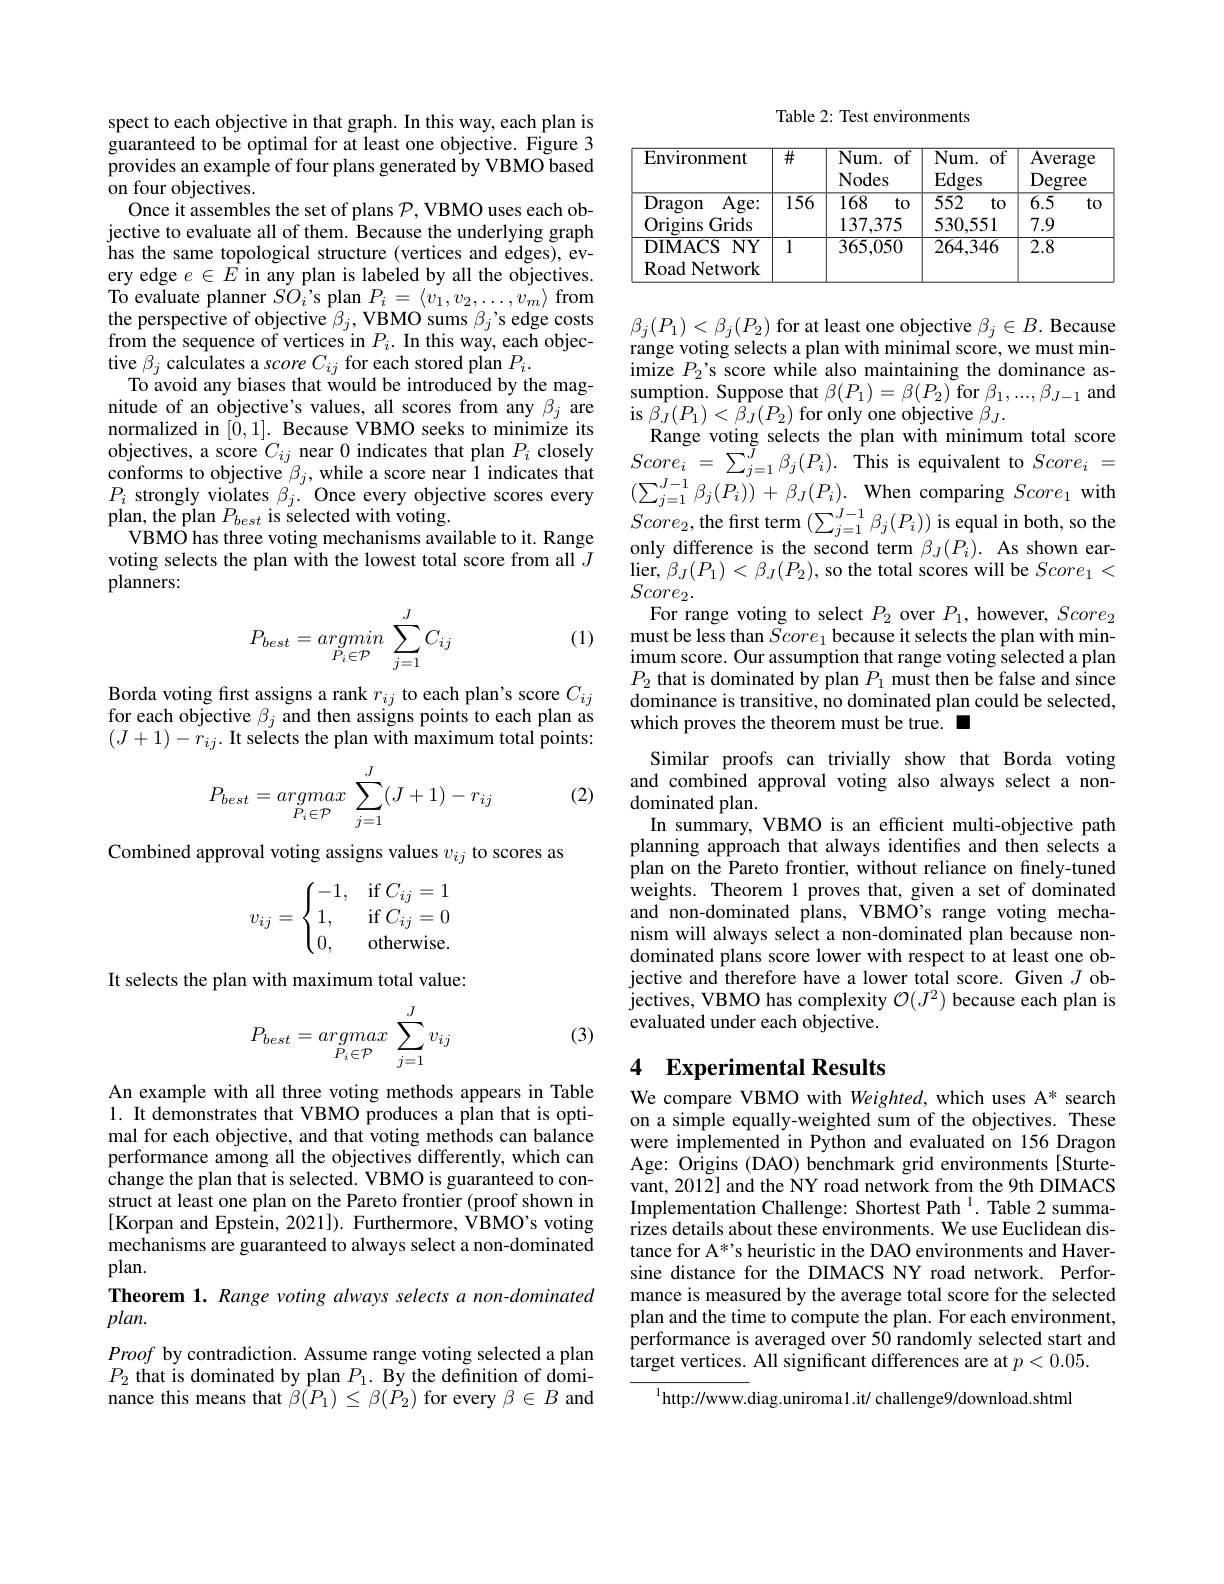
spect to each objective in that graph. In this way, each plan is guaranteed to be optimal for at least one objective. Figure 3 provides an example of four plans generated by VBMO based on four objectives.
Once it assembles the set of plans $\mathcal{P}$, VBMO uses each objective to evaluate all of them. Because the underlying graph has the same topological structure (vertices and edges), every edge $e\in E$ in any plan is labeled by all the objectives. To evaluate planner $SO_{i}$'s plan $P_i=\langle v_1,v_2,\ldots,v_m\rangle$ from the perspective of objective $\beta_j$, VBMO sums $\beta_j$'s edge costs from the sequence of vertices in $P_i.$ In this way, each objective $\beta_j$ calculates a score $C_ij$ for each stored plan $P_i.$
To avoid any biases that would be introduced by the magnitude of an objective's values, all scores from any $\beta_j$ are normalized in $[\check{0},1].$ Because VBMO seeks to minimize its objectives, a score $C_{ij}$ near 0 indicates that plan $P_i$ closely conforms to objective $\beta_j$, while a score near 1 indicates that $P_{i}$ strongly violates $\beta_j.$ Once every objective scores every plan, the plan $P_{best}$ is selected with voting.
VBMO has three voting mechanisms available to it. Range voting selects the plan with the lowest total score from all $J$ planners:
$$P_{best}=\underset{P_i\in\mathcal{P}}{argmin}\sum\limits_{j=1}^JC_{ij}$$
(1)

Borda voting first assigns a rank $r_ij$ to each plan's score $C_ij$ for each objective $\beta_j$ and then assigns points to each plan as $(J+1)-r_{ij}.$ It selects the plan with maximum total points:

(2)
$$P_{best}=argmax\sum_{P_i\in\mathcal{P}}^J(J+1)-r_{ij}$$
Combined approval voting assigns values $v_ij$ to scores as
$$v_{ij}=\begin{cases}-1,&\text{if}C_{ij}=1\\1,&\text{if}C_{ij}=0\\0,&\text{otherwise.}\end{cases}$$
It selects the plan with maximum total value:
$$P_{best}=\underset{P_i\in\mathcal{P}}{argmax}\sum_{j=1}^{J}v_{ij}$$
(3)

An example with all three voting methods appears in Table 1. It demonstrates that VBMO produces a plan that is optimal for each objective, and that voting methods can balance performance among all the objectives differently, which can change the plan that is selected. VBMO is guaranteed to construct at least one plan on the Pareto frontier (proof shown in $$[$Korpan and Epstein, 2021]).$ Furthermore, $\tilde{\text{VBMO's voting}}$ mechanisms are guaranteed to always select a non-dominated plan.
Theorem 1. Range voting always selects a non-dominated
$plan.$
Proof by contradiction. Assume range voting selected a plan $P_{2}$ that is dominated by plan $P_1.$ By the definition of dominance this means that $\ddot{\beta(P_{1})}\leq\beta(\dot{P_{2}})$ for every $\beta\in B$ and

Table 2: Test environments

<table>
	<tbody>
		<tr>
			<th>Environment</th>
			<th>$\overline{\#}$</th>
			<th>$\overline{\mathrm{Num.}}$ of Nodes</th>
			<th>$Num.$ 1 Edges</th>
			<th>Average Degree</th>
		</tr>
		<tr>
			<td>Dragon $\overline{\mathrm{Age:}}$ Origins Grids</td>
			<td>$\overline{156}$</td>
			<td>168 to 137,375</td>
			<td>552 to 530,551</td>
			<td>$\overline{6.5}$ to 7.9</td>
		</tr>
		<tr>
			<td>DIMACS $NY$ Road Network</td>
			<td>1</td>
			<td>365,050</td>
			<td>264,346</td>
			<td>$\overline{2.8}$</td>
		</tr>
	</tbody>
</table>

$\beta_{j}(P_{1})<\beta_{j}(P_{2})$ for at least one objective $\beta_j\in B.$ Because range voting selects a plan with minimal score, we must minimize $P_2’$s score while also maintaining the dominance assumption. Suppose that $\beta(P_1)=\beta(P_2)$ for $\beta_1,...,\beta_{J-1}$ and is $\hat{\beta_{J}}(P_{1})<\tilde{\beta_{J}}(P_{2})$ for only one objective $\beta_{J}.$
Range voting selects the plan with minimum total score $Score_{i}$ = $\sum _{j= 1}^{\bar{J} }\beta _{j}( P_{i}) .$ $\bar{\mathrm{This~is~equivalent~to~}} Score_{i}$ = $( \sum _{j= 1}^{J- 1}\beta _{j}( P_{i}) ) + \beta _{J}( P_{i}) . \textbf{When comparing }Score_{1}$with $Score_{2}$,the first term $( \sum _{j= 1}^{J- 1}\beta _{j}( P_{i}) )$ is equal in both, so the only difference is the second term $\beta _{J}( P_{i}) .$ As shown earonly difference is the second term $\beta_J(P_i).$ As shown ear- $\operatorname*{lier,}_{\alpha}\beta_{J}(P_{1})<\beta_{J}(P_{2})$,so the total scores will be $Score_{1}<$ $Score_{2}.$
For range voting to select $P_2$ over $P_1$, however, $Score_2$ must be less than $\tilde{Score}_{1}$ because it selects the plan with minimum score. Our assumption that range voting selected a plan $P_2$ that is dominated by plan $P_1$ must then be false and since dominance is transitive, no dominated plan could be selected, which proves the theorem must be true. -
Similar proofs can trivially show that Borda voting and combined approval voting also always select a nondominated plan.
In summary, VBMO is an efficient multi-objective path planning approach that always identifes and then selects a plan on the Pareto frontier, without reliance on finely-tuned weights. Theorem 1 proves that, given a set of dominated and non-dominated plans, VBMO's range voting mechanism will always select a non-dominated plan because nondominated plans score lower with respect to at least one objective and therefore have a lower total score. Given $J$ objectives, VBMO has complexity $\mathcal{O}(J^2)$ because each plan is evaluated under each objective.

### 4 Experimental Results

We compare VBMO with Weighted, which uses A* search on a simple equally-weighted sum of the objectives. These were implemented in Python and evaluated on 156 Dragon Age: Origins (DAO) benchmark grid environments [Sturtevant, 2012] and the NY road network from the 9th DIMACS Implementation Challenge: Shortest Path $^{1}.$ Table 2 summarizes details about these environments. We use Euclidean distance for A*'s heuristic in the DAO environments and Haversine distance for the DIMACS NY road network. Performance is measured by the average total score for the selected plan and the time to compute the plan. For each environment, performance is averaged over 50 randomly selected start and target vertices. All significant differences are at $p<0.05.$

$^{1}$http://www.diag.uniromal.it/ challenge9/download.shtml